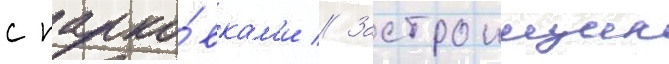
с парко́вкам'и // Застроищик